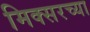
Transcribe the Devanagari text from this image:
मिक्सरच्या